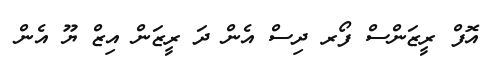
އޮފް ރީޒަންސް ފޯރ ދިސް އެން ދަ ރީޒަން އިޒް ޔޫ އެން